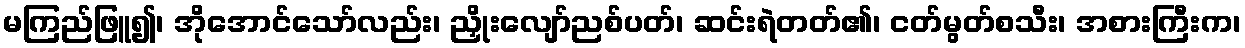
မကြည်ဖြူ၍၊ အိုအောင်သော်လည်း၊ ညှိုးလျော်ညစ်ပတ်၊ ဆင်းရဲတတ်၏၊ ငတ်မွတ်စသီး၊ အစားကြီးက၊